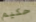
حكيم